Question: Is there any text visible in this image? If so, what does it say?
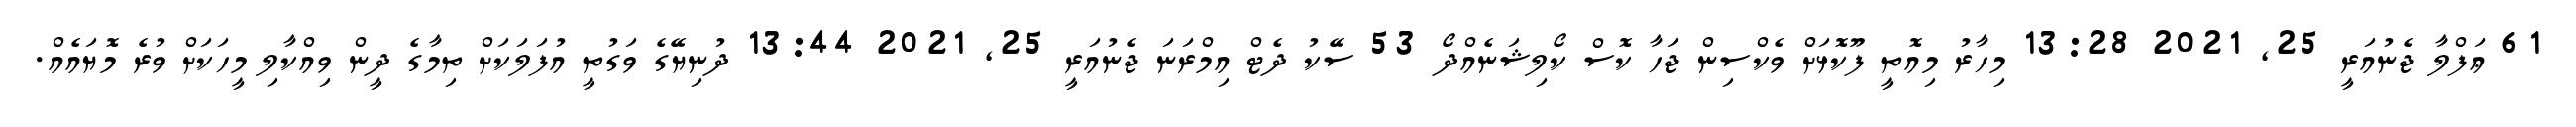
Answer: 61 ޢަފްލާ ޖެނުއަރީ 25, 2021 13:28 މިހާރު މިއޮތީ ފޫކޮޅަށް ވެކްސިން ޖަހާ ކޮސް ކޯލިޝަނެއްދޯ 53 ސޭކު ދެޓް އިމްރަނަ ޖެނުއަރީ 25, 2021 13:44 ދުނިޔޭގެ ވަގުތީ އުފަލަކަށް ތިމާގެ ދީން ވިއްކާލި މީހަކަށް ވުރެ މޮޔައެއް.